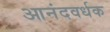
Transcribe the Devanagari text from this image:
आनंदवर्धक